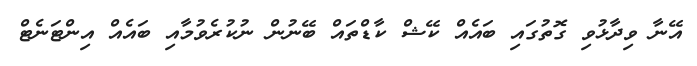
އޭނާ ވިދާޅުވި ގޮތުގައި ބައެއް ކޭޝް ކާޑްތައް ބޭނުން ނުކުރެވުމާއި ބައެއް އިންޓަނެޓް